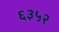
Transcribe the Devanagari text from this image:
६३५२